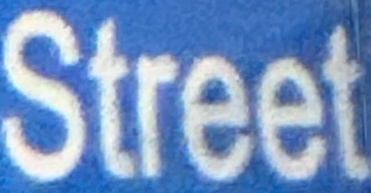
Street